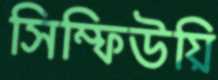
সিম্ফিউয়ি